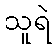
သူရဲ